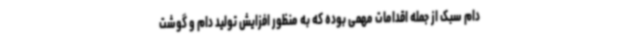
دام سبک از جمله اقدامات مهمی بوده که به منظور افزایش تولید دام و گوشت